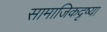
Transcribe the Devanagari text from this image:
सामाजिकदृष्या